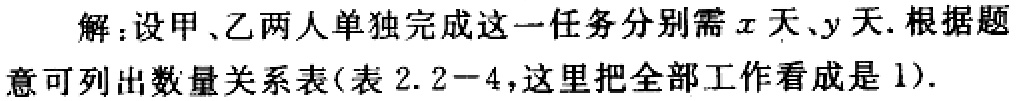
解：设甲、乙两人单独完成这一任务分别需\(x\)天、\(y\)天. 根据题意可列出数量关系表(表 \(2.2 - 4\)，这里把全部工作看成是 \(1\)).